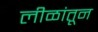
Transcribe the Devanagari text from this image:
लीळांतून